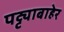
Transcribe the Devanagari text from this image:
पट्ट्याबाहेर